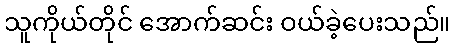
သူကိုယ်တိုင် အောက်ဆင်း ဝယ်ခဲ့ပေးသည်။